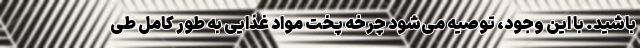
باشید. با این وجود، توصیه می‌شود چرخه پخت مواد غذایی به طور کامل طی